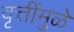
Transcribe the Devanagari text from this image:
वृत्तींमुळे